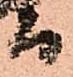
而